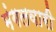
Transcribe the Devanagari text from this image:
मंगलवारी